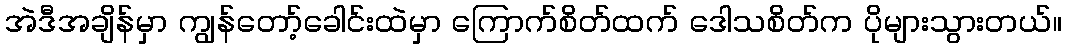
အဲဒီအချိန်မှာ ကျွန်တော့်ခေါင်းထဲမှာ ကြောက်စိတ်ထက် ဒေါသစိတ်က ပိုများသွားတယ်။